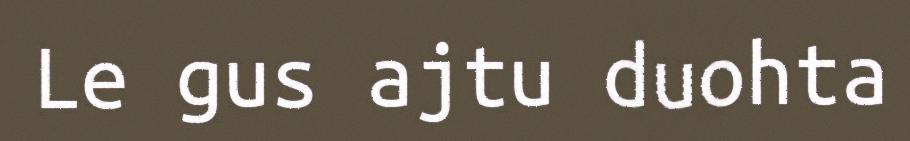
Le gus ajtu duohta